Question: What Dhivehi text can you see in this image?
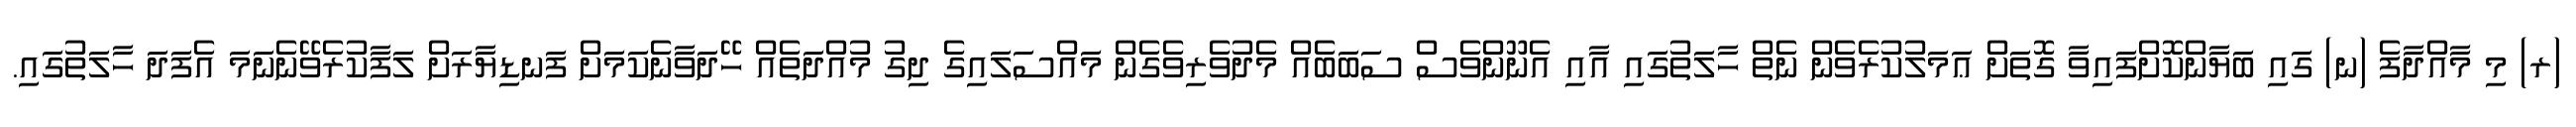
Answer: (ރ) މި މާއްދާފެ (ނ) ގައި ބަޔާންކޮށްފައިވާ ގޮތަށް ޢަމަލުކުރެވެން ނެތް ހާލަތުގައި އާއި އެނޫންވެސް ސަބަބެއް މެދުވެރިވެގެން މައްސަލައިގެ ދިގު މުއްދަތެއް ހޭދަވާނެކަމަށް ފަނޑިޔާރަށް ލަފާކުރެވޭނެނަމަ އެފަދަ ހާލަތުގައި.